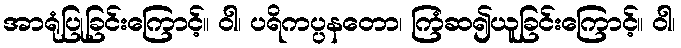
အာရုံပြုခြင်းကြောင့်။ ဝါ၊ ပရိကပ္ပနတော၊ ကြံဆ၍ယူခြင်းကြောင့်။ ဝါ၊